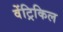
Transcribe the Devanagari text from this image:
वेंट्रिकिल